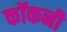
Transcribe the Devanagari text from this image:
कॉकनी